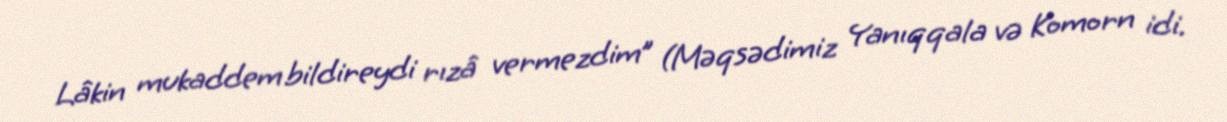
Lâkin mukaddem bildireydi rızâ vermezdim” (Məqsədimiz Yanıqqala və Komorn idi.